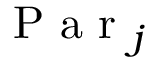
\mathrm { ~ P ~ a ~ r ~ } _ { j }